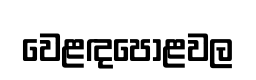
වෙළඳපොළවල